Annual vaccination report of Bihar and Orissa - 1911-1928
Year: 1911
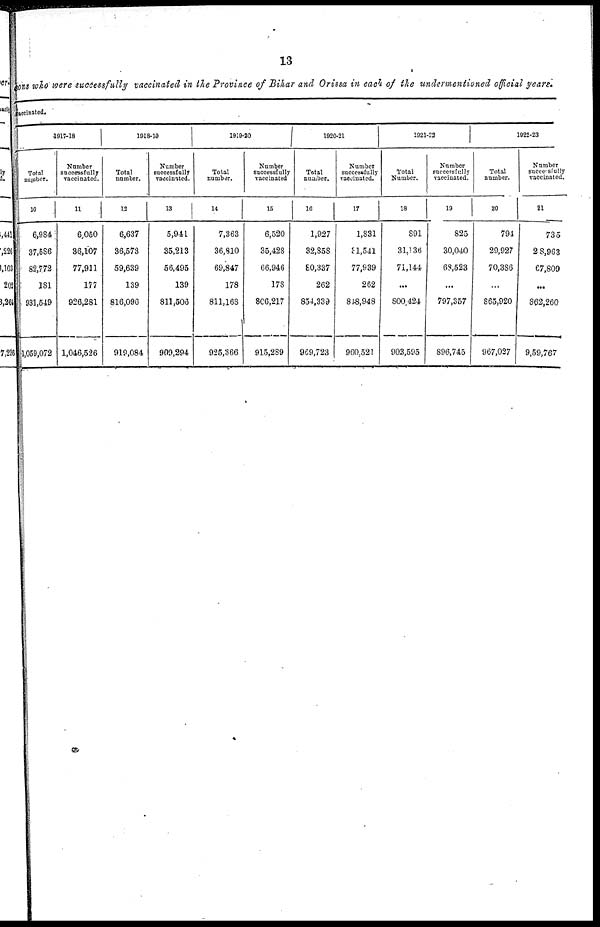
13
sons who were successfully vaccinated in the Province of Bihar and Orissa in each of the undermentioned official years.
vaccinated.
1917-18
Total
number.
10
6,984
37,586
82,772
181
931,549
1,059,072
Number
successfully
vaccinated.
11
6,050
36,107
77,911
177
926,281
1,046,526
1918-19
Total
number.
12
6,637
36,573
59,639
139
816,096
919,084
Number
successfully
vaccinated.
13
5,941
35,213
56,495
139
811,506
909,294
1919-20
Total
number.
14
7,363
36,810
69,847
178
811,168
925,366
Number
successfully
vaccinated
15
6,520
35,428
66,946
178
806,217
915,289
1920-21
Total
number.
16
1,927
32,858
80,337
262
854,339
969,723
Number
successfully
vaccinated.
17
1,831
31,541
77,939
262
848,948
960,521
1921-22
Total
Number.
18
891
31,136
71,144
...
800,424
903,595
Number
successfully
vaccinated.
19
825
30,040
68,523
...
797,357
896,745
1922-23
Total
number.
20
794
29,927
70,386
...
865,920
967,027
Number
successfully
vaccinated.
21
735
28,963
67,809
...
862,260
9,59,767